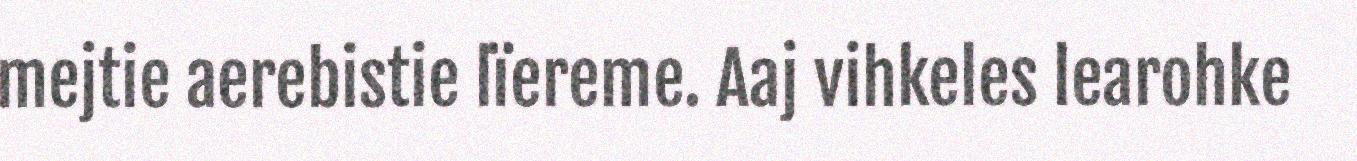
mejtie aerebistie lïereme. Aaj vihkeles learohke